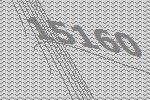
15160